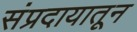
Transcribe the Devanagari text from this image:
संप्रदायातून